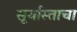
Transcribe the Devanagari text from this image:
सूर्यास्ताचा